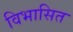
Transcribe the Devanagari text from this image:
विभासित